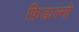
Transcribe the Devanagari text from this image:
फ़िडाल्गो